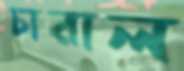
চারাল